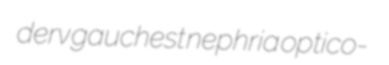
derv gauchest nephria optico-